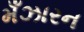
મઁઝારન